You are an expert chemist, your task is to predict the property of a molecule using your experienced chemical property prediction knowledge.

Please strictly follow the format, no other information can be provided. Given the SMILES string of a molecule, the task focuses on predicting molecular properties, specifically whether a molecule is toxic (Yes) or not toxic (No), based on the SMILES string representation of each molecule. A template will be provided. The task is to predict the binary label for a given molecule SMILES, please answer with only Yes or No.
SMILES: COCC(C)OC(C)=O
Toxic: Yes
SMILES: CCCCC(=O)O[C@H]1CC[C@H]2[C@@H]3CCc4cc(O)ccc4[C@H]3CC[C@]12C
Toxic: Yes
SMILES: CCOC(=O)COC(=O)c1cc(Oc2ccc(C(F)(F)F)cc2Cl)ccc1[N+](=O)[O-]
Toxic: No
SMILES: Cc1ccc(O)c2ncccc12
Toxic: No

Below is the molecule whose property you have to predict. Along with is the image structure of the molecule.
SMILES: CCOP(=S)(OCC)O/N=C(\C#N)c1ccccc1
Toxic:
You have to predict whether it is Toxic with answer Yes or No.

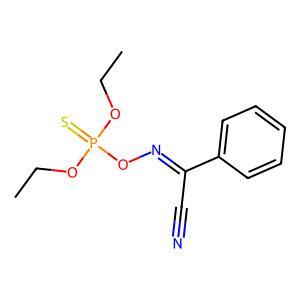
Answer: No